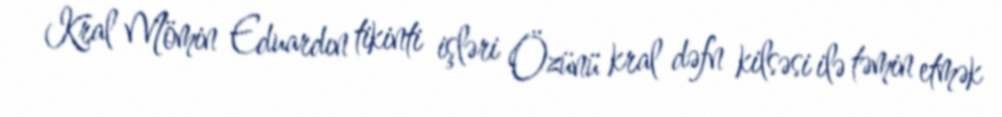
Kral Mömin Eduardın tikinti işləri Özünü kral dəfn kilsəsi ilə təmin etmək